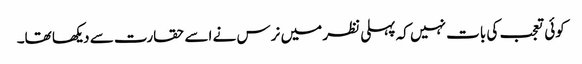
کوئی تعجب کی بات نہیں کہ پہلی نظر میں نرس نے اسے حقارت سے دیکھا تھا۔